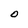
Character: O